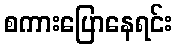
စကားပြောနေရင်း